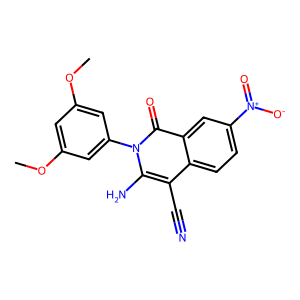
SMILES: COc1cc(OC)cc(-n2c(N)c(C#N)c3ccc([N+](=O)[O-])cc3c2=O)c1
Inhibits HIV replication: No